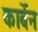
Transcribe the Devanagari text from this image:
कार्बेन